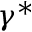
\gamma ^ { * }